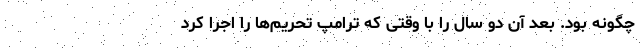
چگونه بود. بعد آن دو سال را با وقتی که ترامپ تحریم‌ها را اجرا کرد